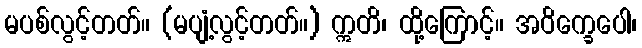
မပစ်လွင့်တတ်။ (မပျံ့လွင့်တတ်။) ဣတိ၊ ထို့ကြောင့်။ အဝိက္ခေပေါ၊